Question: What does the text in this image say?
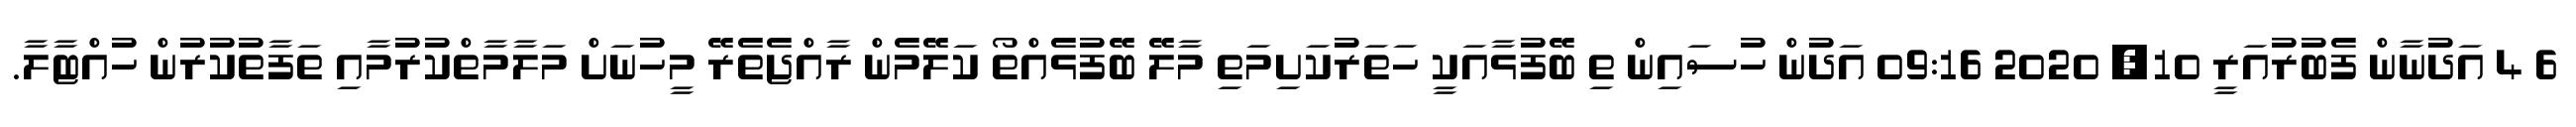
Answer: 6 4 އަދުނާން ފެބުރުއަރީ 10, 2020 09:16 އަދުން ހުސައިން ތި ބޭފުޅާއަކީ ހަތަރުކަށިމަތި މާލޭ ބޭފުޅެއްތޯ ކަލޭމެން ރާއްޖެތެރޭ މީހުނަށް މަލާމާތްކުރުމާއި ތަފާތުކުރުން ހުއްޓާލާ.